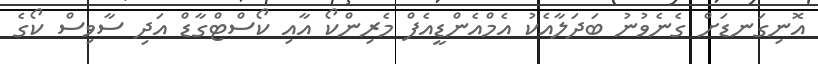
އޮނިގަނޑަށް ގެނެވުނު ބަދަލާއެކު އެމްއެންޑީއެފް މެރިންކޯ އާއި ކޯސްޓްގާޑް އަދި ސާވިސް ކޯގެ